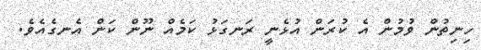
ހިނިތުން ވުމުން އެ ކުރަން އުޅެނީ ރަނގަޅު ކަމެއް ނޫން ކަން އެނގެއެވެ.